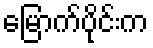
မြောက်ပိုင်းက